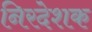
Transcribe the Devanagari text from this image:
निरदेशक